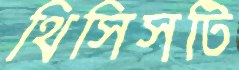
থিসিসটি